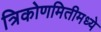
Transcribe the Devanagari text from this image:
त्रिकोणमितीमध्ये